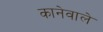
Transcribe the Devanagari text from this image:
कानेवाले